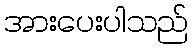
အားပေးပါသည်